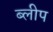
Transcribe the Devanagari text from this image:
ब्लीप